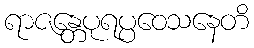
ရာဇန္တေပုရပ္ပဝေသနေတိ